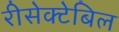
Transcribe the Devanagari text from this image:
रीसेक्टेबिल